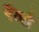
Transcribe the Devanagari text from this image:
एंझो